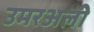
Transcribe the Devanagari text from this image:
उमरअली